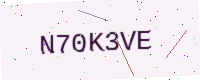
Text: N70K3VE